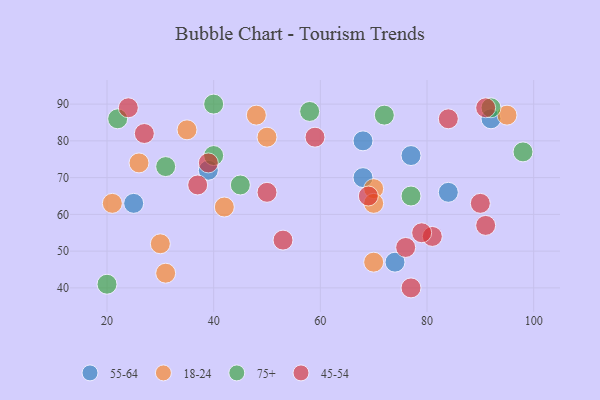
{"axis": {"x": "GDP", "y": "Life Expectancy"}, "legend": ["18-24", "45-54", "55-64", "75+"], "data": [{"x": "84", "y": 66, "type": "55-64"}, {"x": "25", "y": 63, "type": "55-64"}, {"x": "39", "y": 72, "type": "55-64"}, {"x": "92", "y": 86, "type": "55-64"}, {"x": "74", "y": 47, "type": "55-64"}, {"x": "68", "y": 80, "type": "55-64"}, {"x": "68", "y": 70, "type": "55-64"}, {"x": "77", "y": 76, "type": "55-64"}, {"x": "70", "y": 67, "type": "18-24"}, {"x": "70", "y": 47, "type": "18-24"}, {"x": "95", "y": 87, "type": "18-24"}, {"x": "48", "y": 87, "type": "18-24"}, {"x": "26", "y": 74, "type": "18-24"}, {"x": "21", "y": 63, "type": "18-24"}, {"x": "30", "y": 52, "type": "18-24"}, {"x": "42", "y": 62, "type": "18-24"}, {"x": "31", "y": 44, "type": "18-24"}, {"x": "50", "y": 81, "type": "18-24"}, {"x": "35", "y": 83, "type": "18-24"}, {"x": "70", "y": 63, "type": "18-24"}, {"x": "20", "y": 41, "type": "75+"}, {"x": "77", "y": 65, "type": "75+"}, {"x": "58", "y": 88, "type": "75+"}, {"x": "45", "y": 68, "type": "75+"}, {"x": "40", "y": 76, "type": "75+"}, {"x": "72", "y": 87, "type": "75+"}, {"x": "31", "y": 73, "type": "75+"}, {"x": "92", "y": 89, "type": "75+"}, {"x": "22", "y": 86, "type": "75+"}, {"x": "40", "y": 90, "type": "75+"}, {"x": "98", "y": 77, "type": "75+"}, {"x": "81", "y": 54, "type": "45-54"}, {"x": "91", "y": 89, "type": "45-54"}, {"x": "76", "y": 51, "type": "45-54"}, {"x": "79", "y": 55, "type": "45-54"}, {"x": "84", "y": 86, "type": "45-54"}, {"x": "77", "y": 40, "type": "45-54"}, {"x": "91", "y": 57, "type": "45-54"}, {"x": "59", "y": 81, "type": "45-54"}, {"x": "27", "y": 82, "type": "45-54"}, {"x": "50", "y": 66, "type": "45-54"}, {"x": "53", "y": 53, "type": "45-54"}, {"x": "37", "y": 68, "type": "45-54"}, {"x": "90", "y": 63, "type": "45-54"}, {"x": "69", "y": 65, "type": "45-54"}, {"x": "24", "y": 89, "type": "45-54"}, {"x": "39", "y": 74, "type": "45-54"}]}